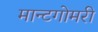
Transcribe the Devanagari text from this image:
मान्टगोमरी